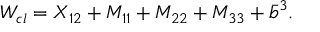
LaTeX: W _ { c l } = X _ { 1 2 } + M _ { 1 1 } + M _ { 2 2 } + M _ { 3 3 } + \bar { b } ^ { 3 } .